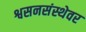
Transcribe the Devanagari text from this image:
श्वसनसंस्थेवर